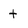
Character: t